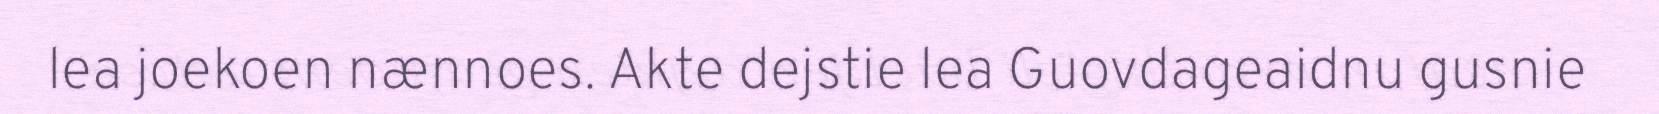
lea joekoen nænnoes. Akte dejstie lea Guovdageaidnu gusnie